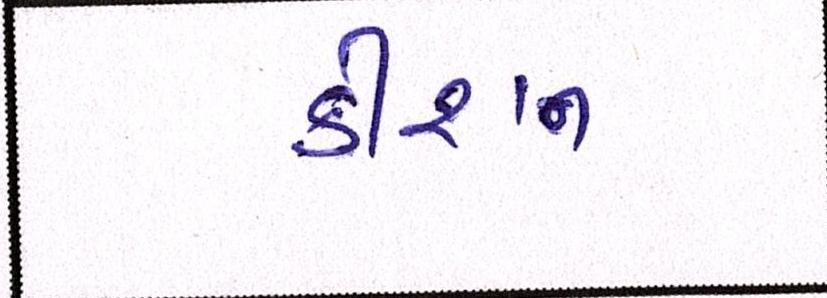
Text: કીશન